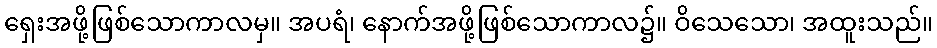
ရှေးအဖို့ဖြစ်သောကာလမှ။ အပရံ၊ နောက်အဖို့ဖြစ်သောကာလ၌။ ဝိသေသော၊ အထူးသည်။